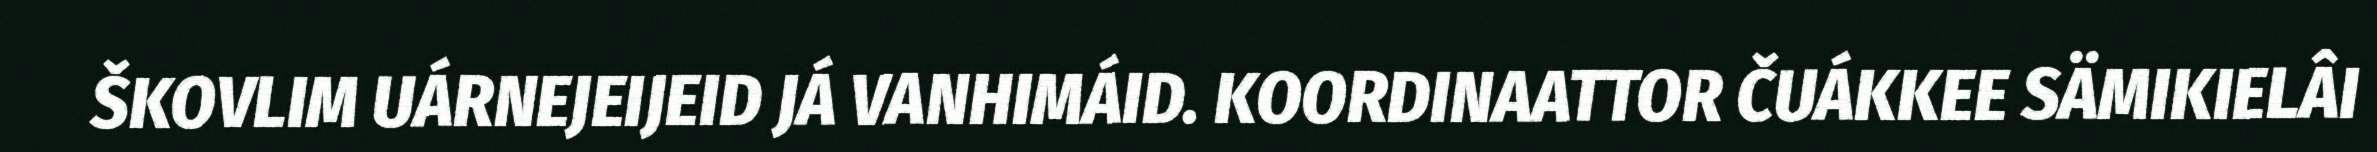
ŠKOVLIM UÁRNEJEIJEID JÁ VANHIMÁID. KOORDINAATTOR ČUÁKKEE SÄMIKIELÂI